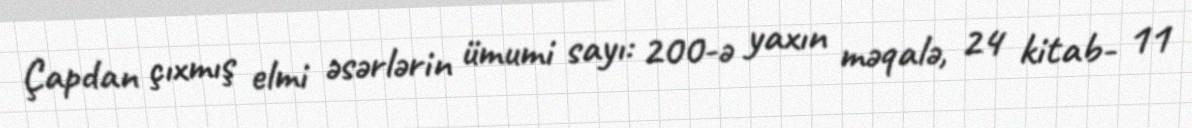
Çapdan çıxmış elmi əsərlərin ümumi sayı: 200-ə yaxın məqalə, 24 kitab- 11